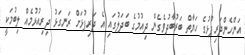
އަންހެންދަރިފުޅުގެ ހަޔާތް ބަރުބާދުވެގެން ދިއުމުގެ ބަދަލުގައި އެ ދަރިފުޅަށް ރަނގަޅު ދިރިއުޅުމެއް ލިބުމަކީ